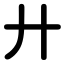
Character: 廾